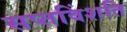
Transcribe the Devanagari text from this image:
सप्तविंशति